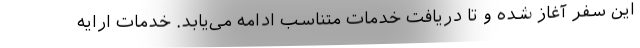
این سفر آغاز شده و تا دریافت خدمات متناسب ادامه می‌یابد. خدمات ارایه